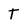
Character: T